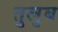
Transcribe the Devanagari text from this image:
तुलुब